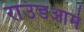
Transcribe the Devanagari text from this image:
राउंडआर्म